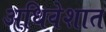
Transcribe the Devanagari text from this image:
अधिवेशात